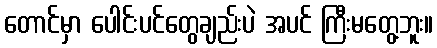
တောင်မှာ ပေါင်းပင်တွေချည်းပဲ အပင် ကြီးမတွေ့ဘူး။